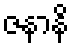
ဇနာနိ